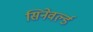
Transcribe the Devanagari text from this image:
सिनेवर्ल्ड